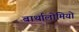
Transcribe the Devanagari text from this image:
बार्थालोमियो